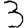
Digit: 3